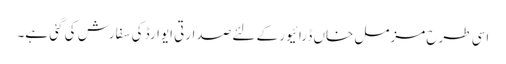
اسی طرح مزمل خاں ڈرائیور کے لئے صدارتی ایوارڈ کی سفارش کی گئی ہے۔